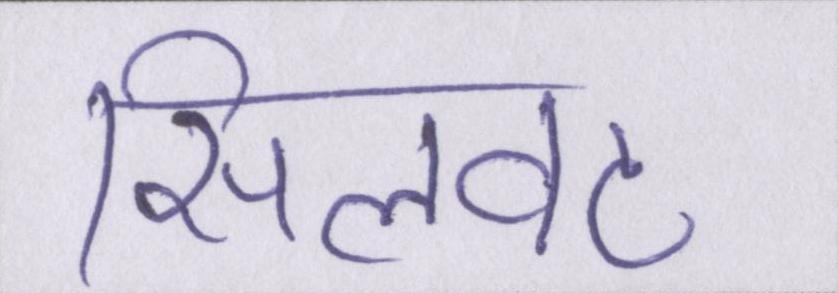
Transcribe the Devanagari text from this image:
सिलवट